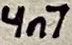
Text: 4n7